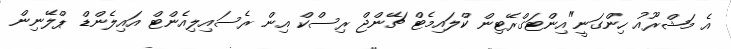
އެ މަޝްރޫއު ހިންގަނީ"އިންޓަގްރޭޓިން ކްލައިމެޓް ޗޭންޖް ރިސްކް އިން ރެސައިލިއެންޓް އައިލެންޑް ޕްލޭނިން